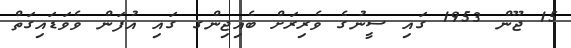
15 ޖޫން 1953 ގައި ސީނުގެ ވެރިރަށް ބެއިޖިންގ ގައި އުފަން ވެވަޑައިގަތް